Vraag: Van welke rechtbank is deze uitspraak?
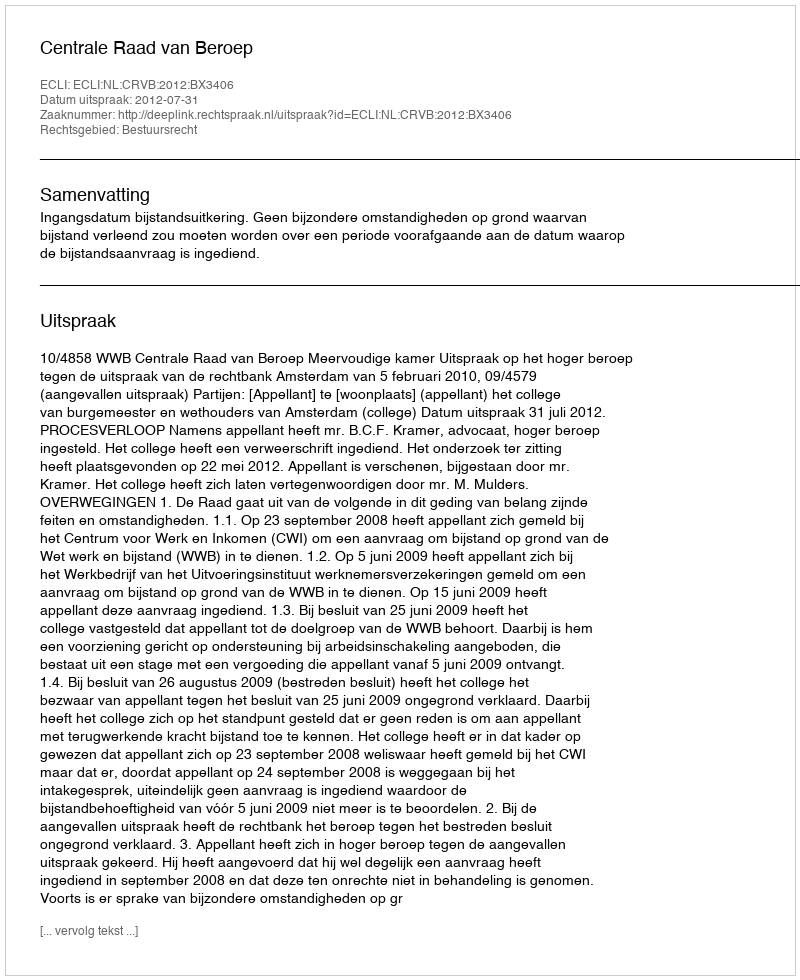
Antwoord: Centrale Raad van Beroep